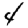
Digit: 4